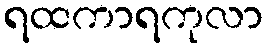
ရထကာရကုလာ